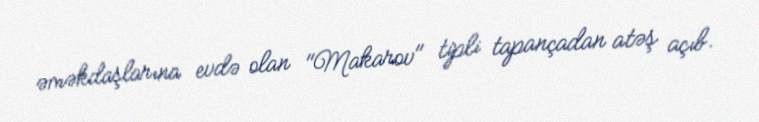
əməkdaşlarına evdə olan "Makarov" tipli tapançadan atəş açıb.